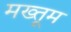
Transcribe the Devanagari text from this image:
मख्तूम